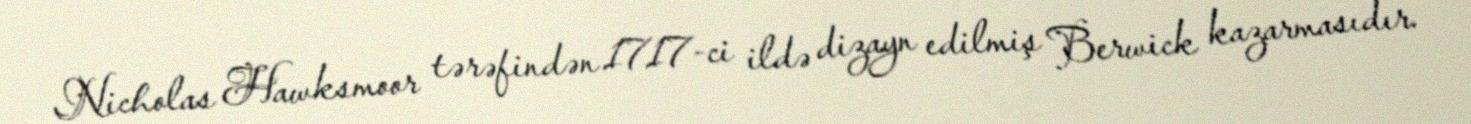
Nicholas Hawksmoor tərəfindən 1717-ci ildə dizayn edilmiş Berwick kazarmasıdır.